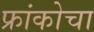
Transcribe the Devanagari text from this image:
फ्रांकोचा